Report on sanitation, dispensaries, and jails in Rajputana for 1911, and on vaccination for the year 1911-1912 - 1911-1912
Year: 1911
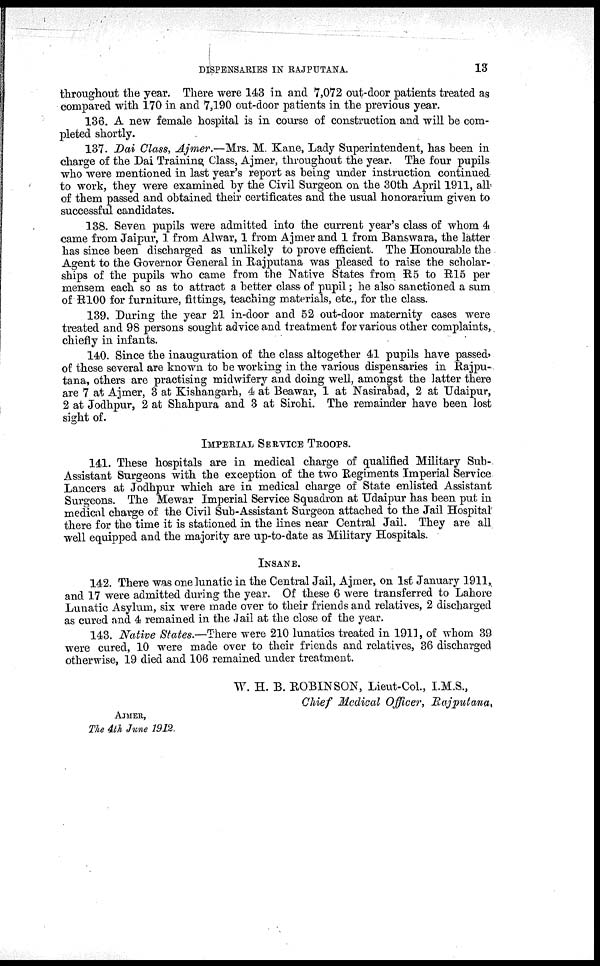
DISPENSARIES IN RAJPUTANA.
13
throughout the year. There were 143 in and 7,072 out-door patients treated as
compared with 170 in and 7,190 out-door patients in the previous year.
136. A new female hospital is in course of construction and will be com-
pleted shortly.
137. Dai Class, Ajmer.—Mrs. M. Kane, Lady Superintendent, has been in
charge of the Dai Training Class, Ajmer, throughout the year. The four pupils
who were mentioned in last year's report as being under instruction continued
to work, they were examined by the Civil Surgeon on the 30th April 1911, all
of them passed and obtained their certificates and the usual honorarium given to
successful candidates.
138. Seven pupils were admitted into the current year's class of whom 4
came from Jaipur, 1 from Alwar, 1 from Ajmer and 1 from Banswara, the latter
has since been discharged as unlikely to prove efficient. The Honourable the
Agent to the Governor General in Rajputana was pleased to raise the scholar-
ships of the pupils who came from the Native States from R5 to R15 per
mensem each so as to attract a better class of pupil; he also sanctioned a sum
of R100 for furniture, fittings, teaching materials, etc., for the class.
139. During the year 21 in-door and 52 out-door maternity cases were
treated and 98 persons sought advice and treatment for various other complaints,
chiefly in infants.
140. Since the inauguration of the class altogether 41 pupils have passed,
of these several are known to be working in the various dispensaries in Rajpu-
tana, others are practising midwifery and doing well, amongst the latter there
are 7 at Ajmer, 3 at Kishangarh, 4 at Beawar, 1 at Nasirabad, 2 at Udaipur,
2 at Jodhpur, 2 at Shahpura and 3 at Sirohi. The remainder have been lost
sight of.
IMPERIAL SERVICE TROOPS.
141. These hospitals are in medical charge of qualified Military Sub-
Assistant Surgeons with the exception of the two Regiments Imperial Service
Lancers at Jodhpur which are in medical charge of State enlisted Assistant
Surgeons. The Mewar Imperial Service Squadron at Udaipur has been put in
medical charge of the Civil Sub-Assistant Surgeon attached to the Jail Hospital
there for the time it is stationed in the lines near Central Jail. They are all
well equipped and the majority are up-to-date as Military Hospitals.
INSANE.
142. There was one lunatic in the Central Jail, Ajmer, on 1st January 1911,
and 17 were admitted during the year. Of these 6 were transferred to Lahore
Lunatic Asylum, six were made over to their friends and relatives, 2 discharged
as cured and 4 remained in the Jail at the close of the year.
143. Native States.—There were 210 lunatics treated in 1911, of whom 39
were cured, 10 were made over to their friends and relatives, 36 discharged
otherwise, 19 died and 106 remained under treatment.
AJMER,
The 4th June 1912.
W. H. B. ROBINSON, Lieut-Col., I.M.S,
Chief Medical Officer, Rajputana,